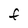
Character: F